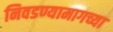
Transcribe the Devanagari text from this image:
निवडण्यामागच्या